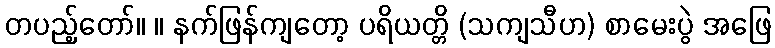
တပည့်တော်။ ။ နက်ဖြန်ကျတော့ ပရိယတ္တိ (သကျသီဟ) စာမေးပွဲ အဖြေ